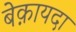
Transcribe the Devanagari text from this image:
बेक़ायदा